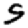
Digit: 5